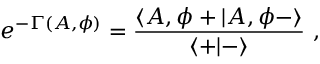
e ^ { - \Gamma ( A , \phi ) } = { \frac { \langle A , \phi + \vert A , \phi - \rangle } { \langle + \vert - \rangle } } \ ,